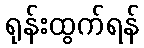
ရုန်းထွက်ရန်